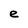
Character: e